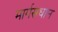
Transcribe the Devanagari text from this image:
मार्गसधान